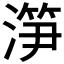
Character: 𣺱